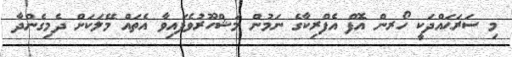
މި ސަރަޙައްދަކީ ހޯރން އޮފް އެފްރިކާގެ ނަމުން މަޝްހޫރުވެފައިވާ އެތައް މޭލަކަށް ދެމިގެންދާ